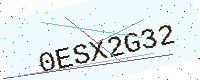
Text: 0ESX2G32